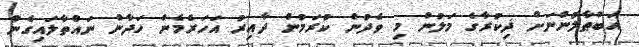
އަބްޠާލުންނަށް ޛިކުރާގެ މަލުން މި ވެދުން ކުރަމުން ދާއިރު އަހަރެމެން ހަދާން ނައްތާލައިގެން